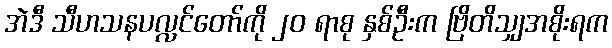
အဲဒီ သီဟသနပလ္လင်တော်ကို ၂၀ ရာစု နှစ်ဦးက ဗြိတိသျှအစိုးရက